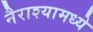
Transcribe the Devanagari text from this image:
नैराश्यामध्ये